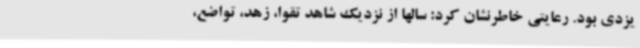
یزدی بود. رعایتی خاطرنشان کرد: سالها از نزدیک شاهد تقوا، زهد، تواضع،